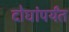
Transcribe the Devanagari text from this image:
दोघांपर्यंत